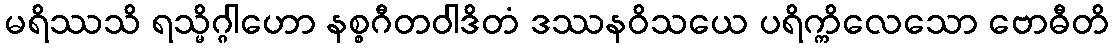
မရိဿသိ ရသ္မိဂ္ဂါဟော နစ္စဂီတဝါဒိတံ ဒဿနဝိသယေ ပရိက္ကိလေသော ဗောဓီတိ